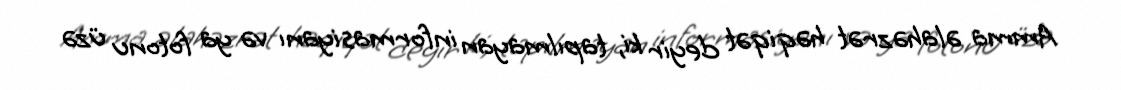
Amma əlahəzrət həqiqət deyir ki, tapılmayan informasiyanı və ya fotonu üzə